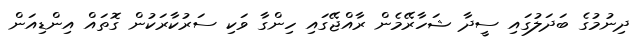
ދިނުމުގެ ބަދަލުގައި ސީދާ ޝަހާރޭމެން ރާއްޖޭގައި ހިންގާ ވަކި ސަރުކާރަކުން ގޮތައް އިންޑިއަން